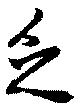
乏